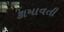
કામાવતી